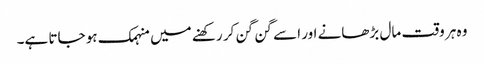
وہ ہر وقت مال بڑھانے اور اسے گن گن کر رکھنے میں منہمک ہو جاتا ہے۔